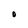
Character: O